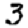
Digit: 3